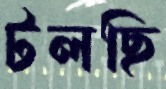
টলছি